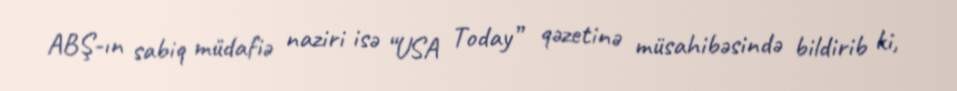
ABŞ-ın sabiq müdafiə naziri isə “USA Today” qəzetinə müsahibəsində bildirib ki,